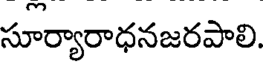
సూర్యారాధనజరపాలి.